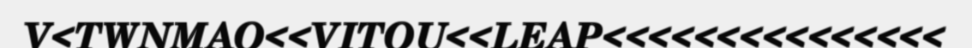
V<TWNMAO<<VITOU<<LEAP<<<<<<<<<<<<<<<